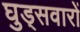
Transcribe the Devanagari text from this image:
घुड्सवारों